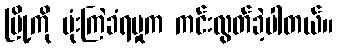
မြို့ကို ဗုံးကြဲခံရမှုက ကင်းလွတ်ခဲ့ပါတယ်။